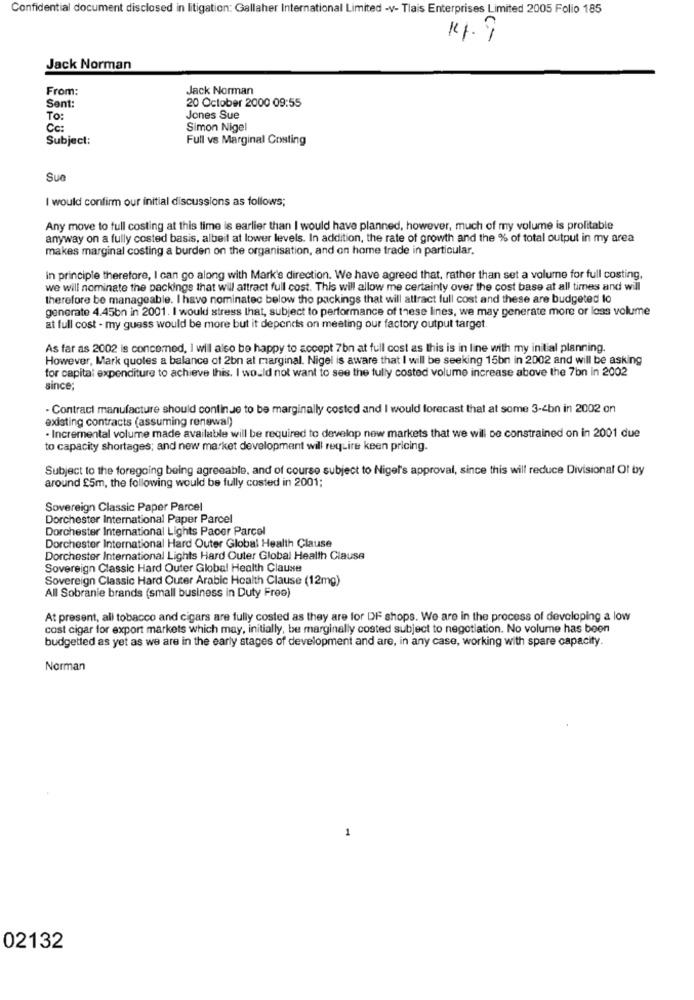
Confidential document disclosed in litigation: Gallaher International Limited -v- Tlais Enterprises Limited 2005 Folio 185
14.9
Jack Norman
From:
Jack Norman
Sent:
20 October 2000 09:55
To:
Jones Sue
Cc:
Simon Nigel
Subject:
Full vs Marginal Costing
Sue
I would confirm our initial discussions as follows;
Any move to full costing at this time is earlier than I would have planned, however, much of my volume is profitable
anyway on a fully costed basis, albeit at lower levels. In addition, the rate of growth and the % of total output in my area
makes marginal costing a burden on the organisation, and on home trade in particular.
In principle therefore, I can go along with Mark's direction. We have agreed that, rather than set a volume for full costing,
we will nominate the packings that will attract full cost. This will allow me certainty over the cost base at all times and will
therefore be manageable. I have nominatec below the packings that will attract full cost and these are budgeted lo
generate 4.45bn in 2001. I would stress that, subject to performance of these lines, we may generate more or loss volume
at full cost - my guess would be more but it depends on meeting our factory output target.
As far as 2002 is concerned, I will also be happy to accept 7bn at full cost as this is in line with my initial planning.
However, Mark quoles a balance of 2bn at marginal. Nigel is aware that I will be seeking 15bn in 2002 and will be asking
for capital expenditure to achieve this. I would not want to see the fully costed volume increase above the 7bn In 2002
since;
- Contract manufacture should continue to be marginally costed and I would forecast that at some 3-4bn in 2002 on
existing contracts (assuming renewal)
· Incremental volume made available will be required to develop new markets that we will be constrained on in 2001 due
to capacity shortages; and new market development will require keen pricing.
Subject to the foregoing being agreeable, and of course subject to Nigel's approval, since this will reduce Divisional Of by
around £5m, the following would be fully costed in 2001;
Sovereign Classic Paper Parcel
Dorchester International Paper Parcel
Dorchester International Lights Pacer Parcel
Dorchester International Hard Outer Global Health Clause
Dorchester International Lights Hard Outer Global Health Clause
Sovereign Classic Hard Outer Global Health Clause
Sovereign Classic Hard Outer Arabic Health Clause (12mg)
All Sobranie brands (small business in Duty Free)
At present, all tobacco and cigars are fully costed as they are for DF shops. We are in the process of developing a low
cost cigar for export markets which may, initially, be marginally costed subject to negotiation. No volume has been
budgetted as yet as we are in the early stages of development and are, in any case, working with spare capacity.
Norman
1
02132